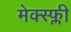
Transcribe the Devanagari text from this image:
मेक्स्फ्ली